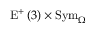
\mathrm { E } ^ { + } \left( 3 \right) \times \mathrm { S y m } _ { \Omega }